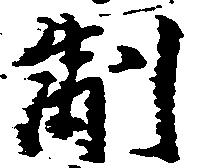
制